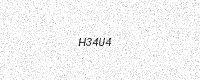
Text: H34U4